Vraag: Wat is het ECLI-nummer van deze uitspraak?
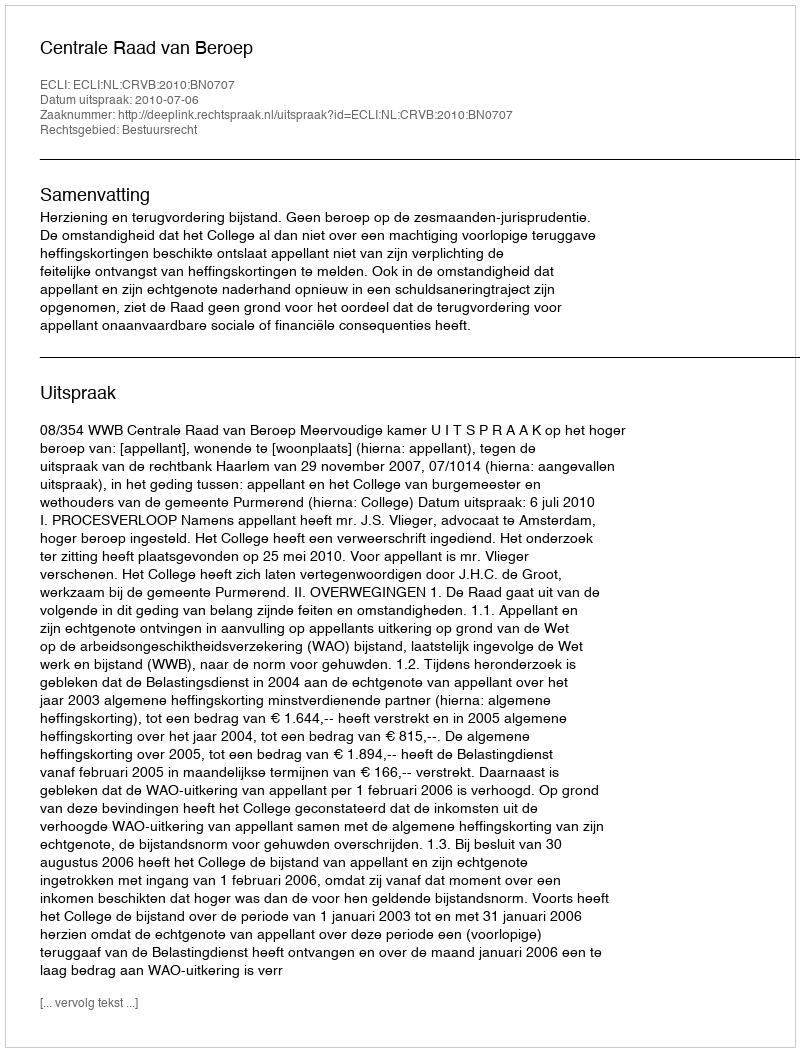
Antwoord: ECLI:NL:CRVB:2010:BN0707